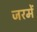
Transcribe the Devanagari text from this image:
जरमें